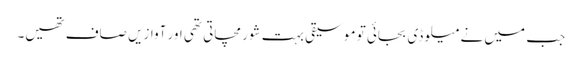
جب میں نے میلوڈی بجائی تو موسیقی بہت شور مچاتی تھی اور آوازیں صاف تھیں۔